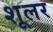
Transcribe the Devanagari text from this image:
शूलर